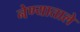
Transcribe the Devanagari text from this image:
नेण्याताले